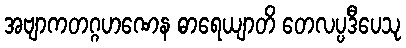
အဗျာကတဂ္ဂဟဏေန ဓာရေယျာတိ တေလပ္ပဒီပေသု